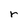
Character: r